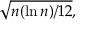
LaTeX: { \sqrt { n ( \ln n ) / 1 2 } } ,